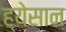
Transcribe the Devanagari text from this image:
ह्येसान